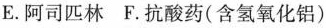
E。阿司匹林F。抗酸药(含氢氧化铝)